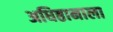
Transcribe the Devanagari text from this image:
अधिष्ठानाला